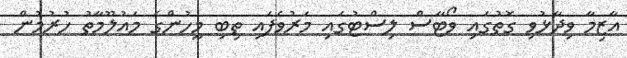
އާޒިމާ ވިދާޅުވި ގޮތުގައި ވޯޓާސް ލިސްޓުގައި މަރުވެފައި ތިބި މީހުންގެ މައުލޫމާތު ހުރުމުން